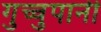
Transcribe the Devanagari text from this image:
गुच्चुपानी